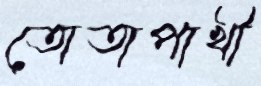
তোতাপাখী